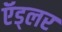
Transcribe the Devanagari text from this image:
ऍड्लर